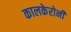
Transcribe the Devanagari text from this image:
कालकेरोनी